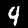
Digit: 4